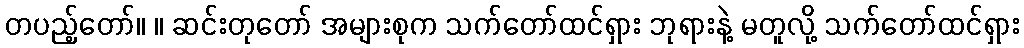
တပည့်တော်။ ။ ဆင်းတုတော် အများစုက သက်တော်ထင်ရှား ဘုရားနဲ့ မတူလို့ သက်တော်ထင်ရှား